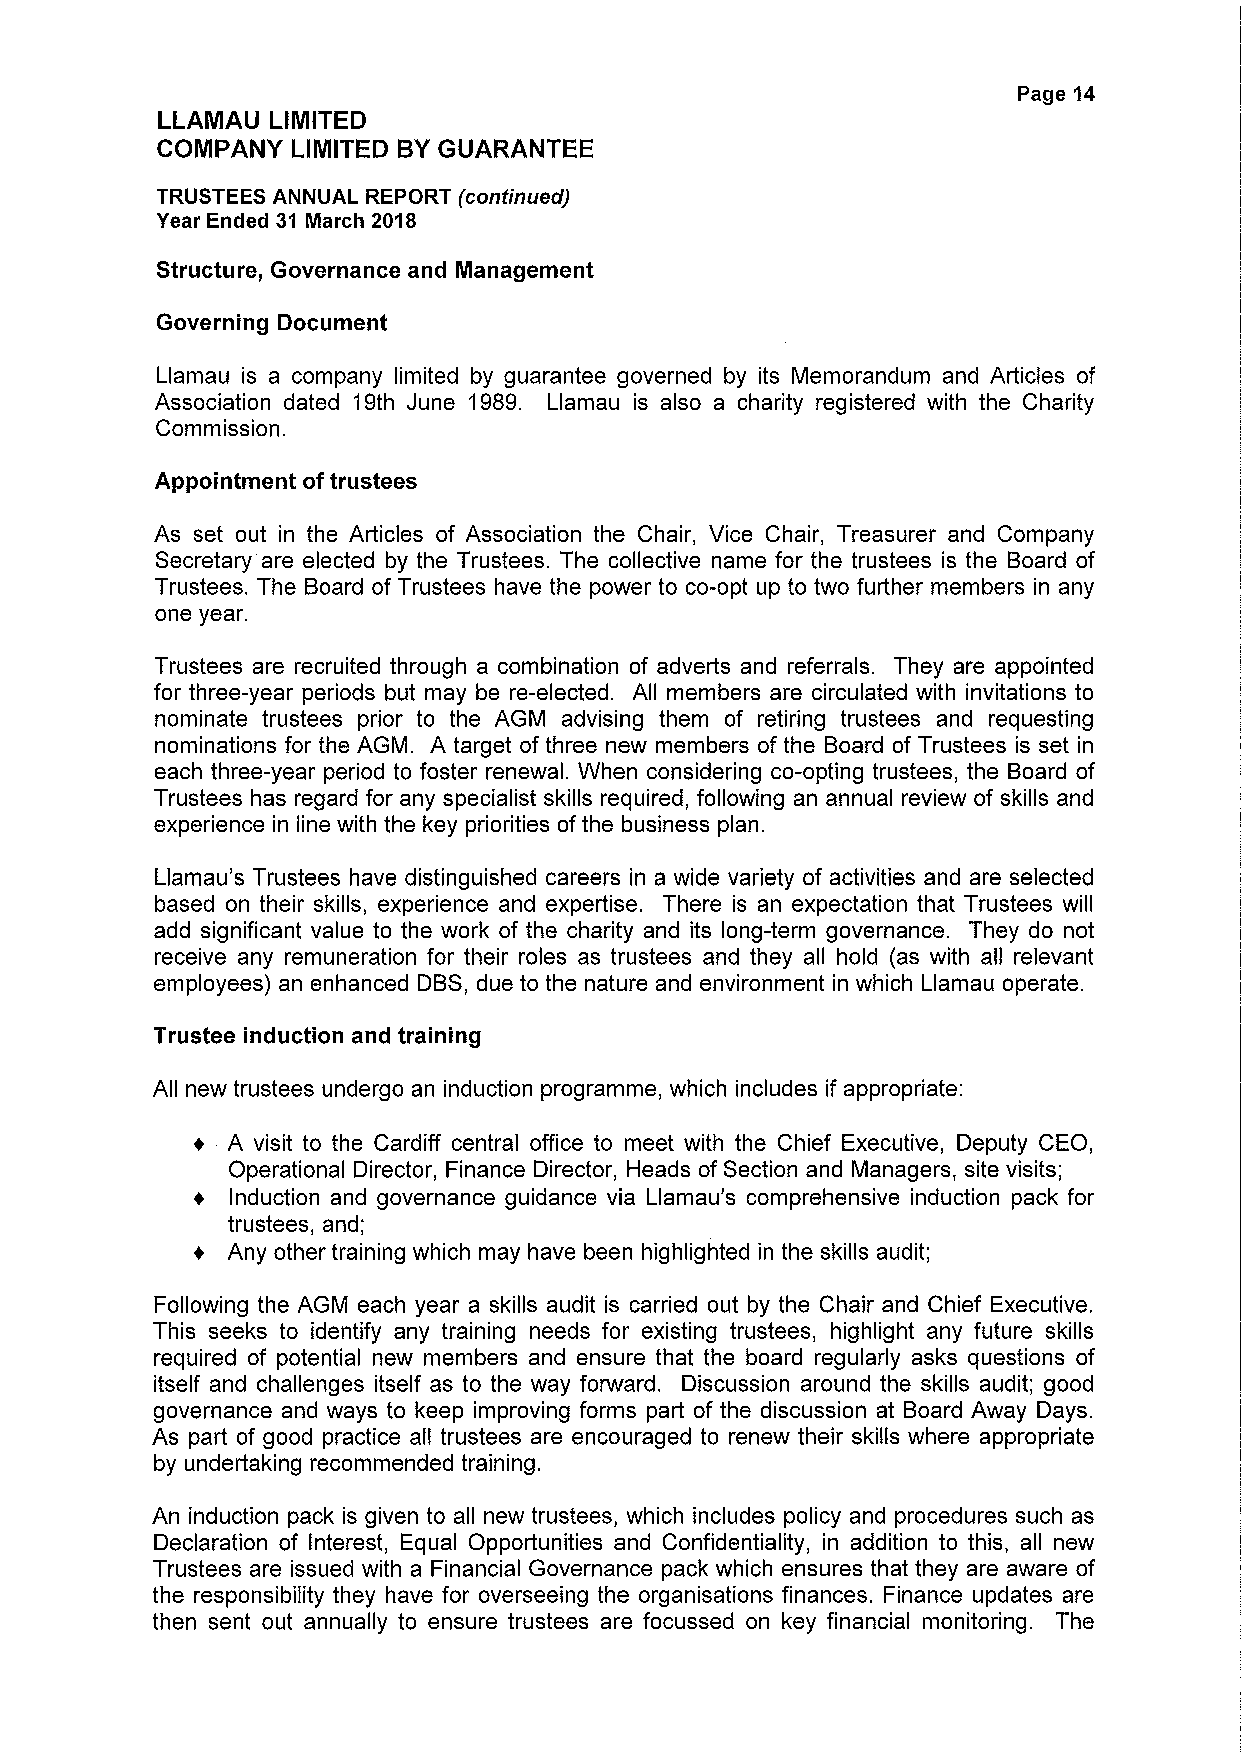
Page 14
 LLAMAU  LIMITED
 COMPANY  LIMITED BYGUARANTEE
 TRUSTEES ANNUAL REPORT (continued)
 Year Ended 31 March 2018
 Structure, Governance and Management
 Governing Document
 Llamau is a company limited by guarantee governed by its Memorandum and Articles of
 Association dated 19th June 1989. Llamau is also a charity registered with the Charity
 Commission.
 Appointment oftrustees
 As set out in the Articles of Association the Chair, Vice Chair, Treasurer and Company
 Secretary are elected by the Trustees. The collective name for the trustees is the Board of
 Trustees. The Board of Trustees have the power to co-opt up to two further members in any
 one year.
 Trustees are recruited through a combination of adverts and referrals. They are appointed
 for three-year periods but may be re-elected. All members are circulated with invitations to
 nominate trustees prior to the AGM advising them of retiring trustees and requesting
 nominations for the AGM. A target of three new members of the Board of Trustees is set in
 each three-year period to foster renewal. When considering co-opting trustees, the Board of
 Trustees has regard for any specialist skills required, following an annual review of skills and
 experience in line with the key priorities ofthe business plan.
 Llamau's Trustees have distinguished careers in a wide variety of activities and are selected
 based on their skills, experience and expertise. There is an expectation that Trustees will
 add significant value to the work of the charity and its long-term governance. They do not
 receive any remuneration for their roles as trustees and they all hold (as with all relevant
 employees) an enhanced DBS, due to the nature and environment in which Llamau operate.
 Trustee induction and training
 All new trustees undergo an induction programme, which includes if appropriate:
 A visit to the Cardiff central office to meet with the Chief Executive, Deputy CEO,
 Operational Director, Finance Director, Heads of Section and Managers, site visits;
 Induction and governance guidance via Llamau's comprehensive induction pack for
 trustees, and;
 Any other training which may have been highlighted in the skills audit;
 Following the AGM each year a skills audit is carried out by the Chair and Chief Executive.
 This seeks to identify any training needs for existing trustees, highlight any future skills
 required of potential new members and ensure that the board regularly asks questions of
 itself and challenges itself as to the way forward. Discussion around the skills audit; good
 governance and ways to keep improving forms part of the discussion at Board Away Days.
 As part of good practice all trustees are encouraged to renew their skills where appropriate
 by undertaking recommended training.
 An induction pack is given to all new trustees, which includes policy and procedures such as
 Declaration of Interest, Equal Opportunities and Confidentiality, in addition to this, all new
 Trustees are issued with a Financial Governance pack which ensures that they are aware of
 the responsibility they have for overseeing the organisations finances. Finance updates are
 then sent out annually to ensure trustees are focussed on key financial monitoring. The